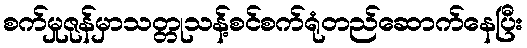
စက်မှုဇုန်မှာသတ္တုသန့်စင်စက်ရုံတည်ဆောက်နေပြီး